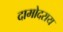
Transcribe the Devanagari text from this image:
दामोदराय